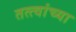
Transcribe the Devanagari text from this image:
तत्‍त्वांच्या